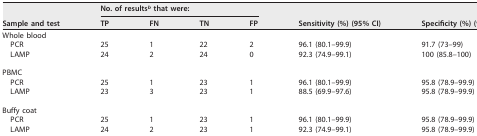
<table><thead><tr><td rowspan="2"><b>Sample and test</b></td><td colspan="4"><b>No. of results<sup><i>b</i></sup> that were:</b></td><td rowspan="2"><b>Sensitivity (%) (95% CI)</b></td><td rowspan="2"><b>Specificity (%) (95% CI)</b></td></tr><tr><td><b>TP</b></td><td><b>FN</b></td><td><b>TN</b></td><td><b>FP</b></td></tr></thead><tbody><tr><td>Whole blood</td><td></td><td></td><td></td><td></td><td></td><td></td></tr><tr><td>PCR</td><td>25</td><td>1</td><td>22</td><td>2</td><td>96.1 (80.1–99.9)</td><td>91.7 (73–99)</td></tr><tr><td>LAMP</td><td>24</td><td>2</td><td>24</td><td>0</td><td>92.3 (74.9–99.1)</td><td>100 (85.8–100)</td></tr><tr><td>PBMC</td><td></td><td></td><td></td><td></td><td></td><td></td></tr><tr><td>PCR</td><td>25</td><td>1</td><td>23</td><td>1</td><td>96.1 (80.1–99.9)</td><td>95.8 (78.9–99.9)</td></tr><tr><td>LAMP</td><td>23</td><td>3</td><td>23</td><td>1</td><td>88.5 (69.9–97.6)</td><td>95.8 (78.9–99.9)</td></tr><tr><td>Buffy coat</td><td></td><td></td><td></td><td></td><td></td><td></td></tr><tr><td>PCR</td><td>25</td><td>1</td><td>23</td><td>1</td><td>96.1 (80.1–99.9)</td><td>95.8 (78.9–99.9)</td></tr><tr><td>LAMP</td><td>24</td><td>2</td><td>23</td><td>1</td><td>92.3 (74.9–99.1)</td><td>95.8 (78.9–99.9)</td></tr></tbody></table>